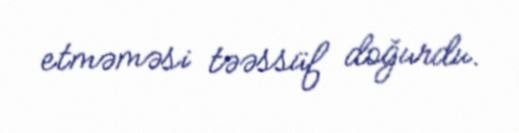
etməməsi təəssüf doğurdu.